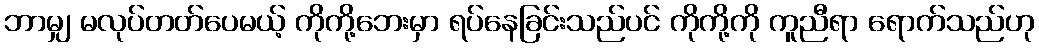
ဘာမျှ မလုပ်တတ်ပေမယ့် ကိုကို့ဘေးမှာ ရပ်နေခြင်းသည်ပင် ကိုကို့ကို ကူညီရာ ရောက်သည်ဟု